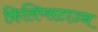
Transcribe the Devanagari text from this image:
फ़िलिप्सटाउन